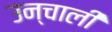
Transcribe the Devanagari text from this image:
उन्चाली